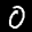
Label: 0